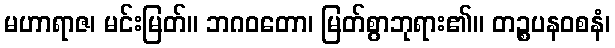
မဟာရာဇ၊ မင်းမြတ်။ ဘဂဝတော၊ မြတ်စွာဘုရား၏။ တဉ္စပနဝစနံ၊